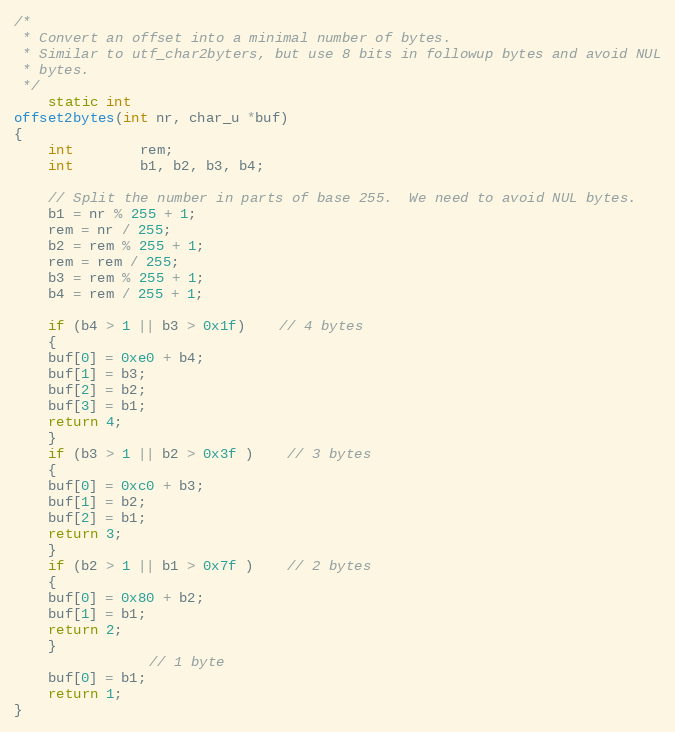
Language: C
/*
 * Convert an offset into a minimal number of bytes.
 * Similar to utf_char2byters, but use 8 bits in followup bytes and avoid NUL
 * bytes.
 */
    static int
offset2bytes(int nr, char_u *buf)
{
    int	    rem;
    int	    b1, b2, b3, b4;

    // Split the number in parts of base 255.  We need to avoid NUL bytes.
    b1 = nr % 255 + 1;
    rem = nr / 255;
    b2 = rem % 255 + 1;
    rem = rem / 255;
    b3 = rem % 255 + 1;
    b4 = rem / 255 + 1;

    if (b4 > 1 || b3 > 0x1f)	// 4 bytes
    {
	buf[0] = 0xe0 + b4;
	buf[1] = b3;
	buf[2] = b2;
	buf[3] = b1;
	return 4;
    }
    if (b3 > 1 || b2 > 0x3f )	// 3 bytes
    {
	buf[0] = 0xc0 + b3;
	buf[1] = b2;
	buf[2] = b1;
	return 3;
    }
    if (b2 > 1 || b1 > 0x7f )	// 2 bytes
    {
	buf[0] = 0x80 + b2;
	buf[1] = b1;
	return 2;
    }
				// 1 byte
    buf[0] = b1;
    return 1;
}